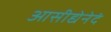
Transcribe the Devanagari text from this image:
आसीद्येनेदं